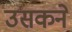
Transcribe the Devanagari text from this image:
उसकने